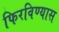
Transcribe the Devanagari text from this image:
फिरविण्यास